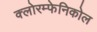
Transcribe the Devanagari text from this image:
क्लोरम्फेनिकोल